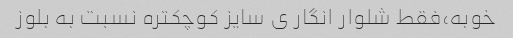
خوبه،فقط شلوار انگار ی سایز کوچکتره نسبت به بلوز